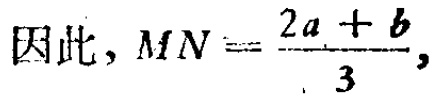
因此，\(MN = \frac{2a + b}{3}\)，